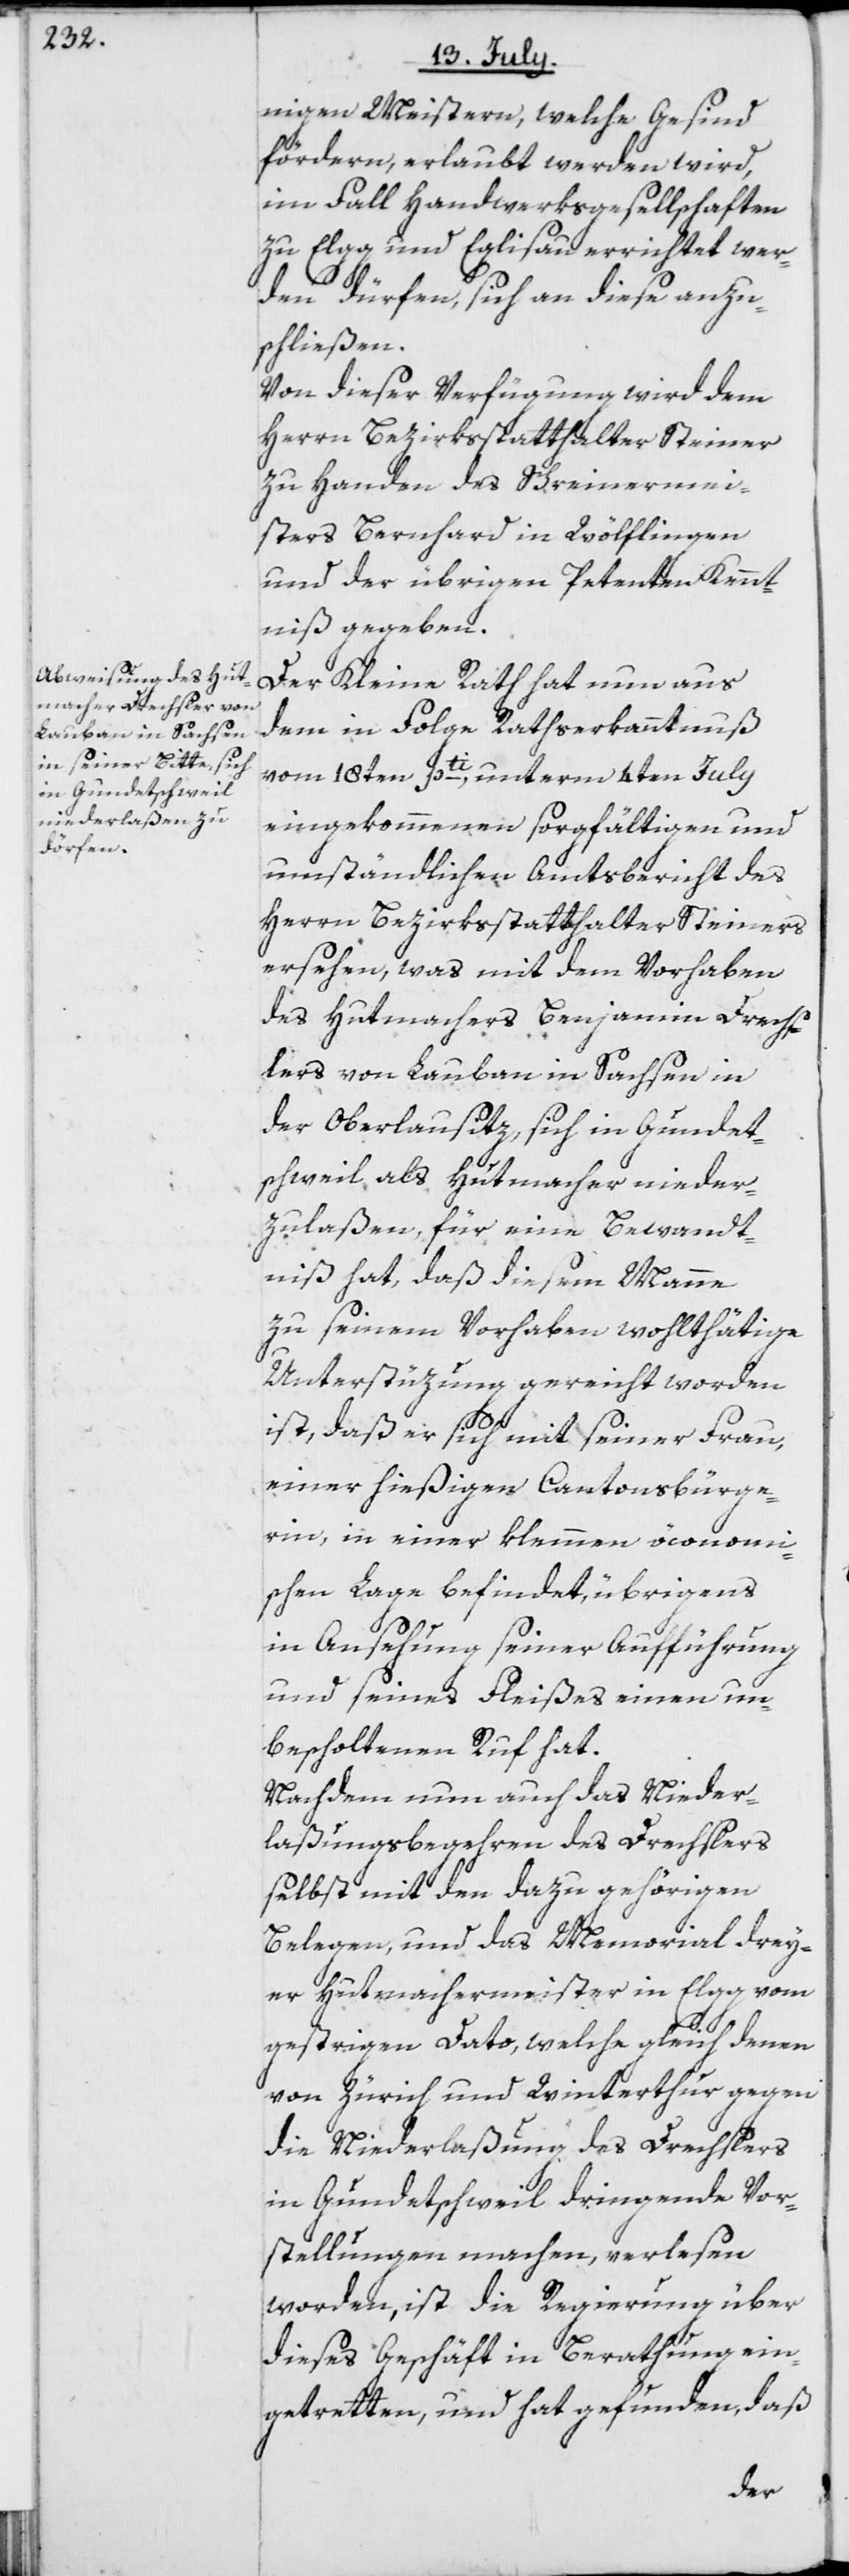
nigen Meistern, welche Gesind
fördern, erlaubt werden wird,
im Fall Handwerksgesellschaften
zu Elgg und Eglisau errichtet wer¬
den dürfen, sich an diese anzu¬
schließen.
Von dieser Verfügung wird dem
Herrn Bezirksstatthalter Steiner
zu Handen des Schreinermei¬
sters Bernhard in Wölflingen
und der übrigen Petenten Kennt¬
niß gegeben.
Der Kleine Rath hat nun aus
dem in Folge Rathserkanntnuß
vom 18ten pti, unterm 4ten July
eingekommenen sorgfältigen und
umständlichen Amtsbericht des
Herrn Bezirksstatthalter Steiners
ersehen, was mit dem Vorhaben
des Hutmachers Benjamin Drechs¬
lers von Lauban in Sachsen in
der Oberlausitz, sich in Gundet¬
schweil als Hutmacher nieder¬
zulaßen, für eine Bewandt¬
niß hat, daß diesem Manne
zu seinem Vorhaben wohlthätige
Unterstüzung gereicht worden
ist, daß er sich mit seiner Frau,
einer hießigen Cantonsbürge¬
rin, in einer klemmen öconomi¬
schen Lage befindet, übrigens
in Ansehung seiner Aufführung
und seines Fleißes einen un¬
bescholtenen Ruf hat.
Nachdem nun auch das Nieder¬
laßungsbegehren des Drechslers
selbst mit den dazu gehörigen
Belegen, und das Memorial drey¬
er Hutmachermeister in Elgg vom
gestrigen Dato, welche gleich denen
von Zürich und Winterthur gegen
die Niederlaßung des Drechslers
in Gundetschweil dringende Vor¬
stellungen machen, verlesen
worden, ist die Regierung über
dieses Geschäft in Berathung ein¬
getretten, und hat gefunden, daß